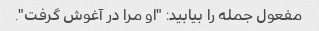
مفعول جمله را بیابید: "او مرا در آغوش گرفت".